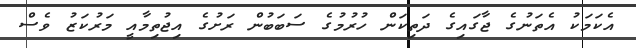
އެކަމަކު އެތަނުގެ ޖާގައިގެ ދަތިކަން ހުރުމުގެ ސަބަބުން ރަށުގެ އިޖުތިމާއީ މަރުކަޒު ވެސް